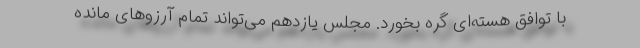
با توافق هسته‌ای گره بخورد. مجلس یازدهم می‌تواند تمام آرزوهای مانده